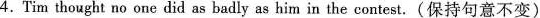
4.Tim thought no one did as badly as him in the contest.(保持句意不变)